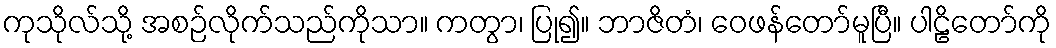
ကုသိုလ်သို့ အစဉ်လိုက်သည်ကိုသာ။ ကတွာ၊ ပြု၍။ ဘာဇိတံ၊ ဝေဖန်တော်မူပြီ။ ပါဠိတော်ကို